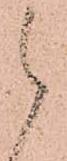
候